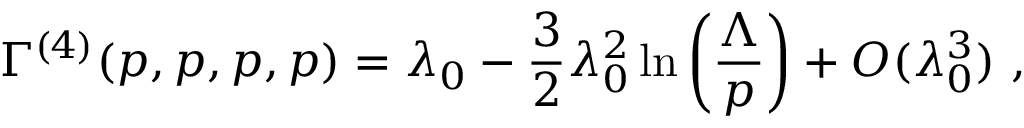
\Gamma ^ { ( 4 ) } ( p , p , p , p ) = \lambda _ { 0 } - \frac { 3 } { 2 } \lambda _ { 0 } ^ { 2 } \ln \left( \frac { \Lambda } { p } \right) + { \cal O } ( \lambda _ { 0 } ^ { 3 } ) ~ ,